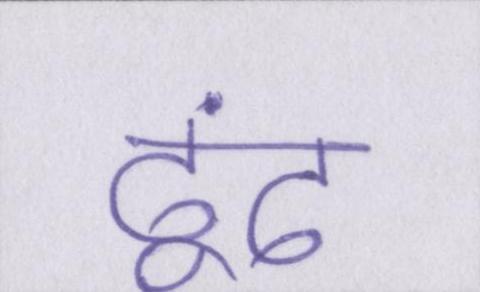
ढूंढ